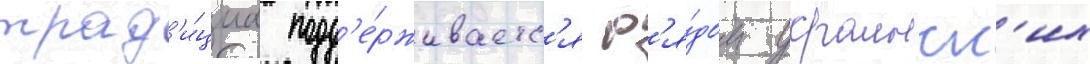
трад'и́циа подд'е́рживаетс'я р'я́дом украинск'их